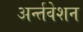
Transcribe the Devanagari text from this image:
अर्न्तवेशन